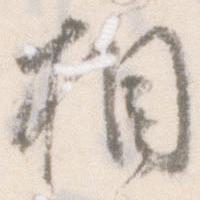
相